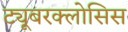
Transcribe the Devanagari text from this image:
ट्यूबरक्लोसिस